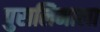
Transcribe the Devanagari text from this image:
पुरालिमाला